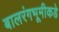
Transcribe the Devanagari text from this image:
बालरंगभूमीकडे